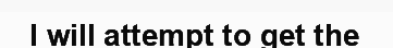
I will attempt to get the